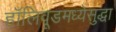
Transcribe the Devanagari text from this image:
हॉलिवूडमध्येसुद्धा